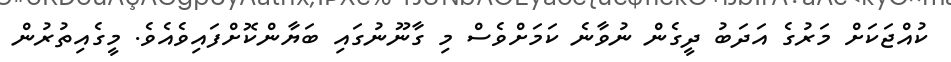
ކުއްޖަކަށް މަރުގެ އަދަބު ދީގެން ނުވާނެ ކަމަށްވެސް މި ގާނޫނުގައި ބަޔާންކޮށްފައިވެއެވެ. މީގެއިތުރުން